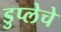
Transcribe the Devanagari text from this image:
डुप्लेचे